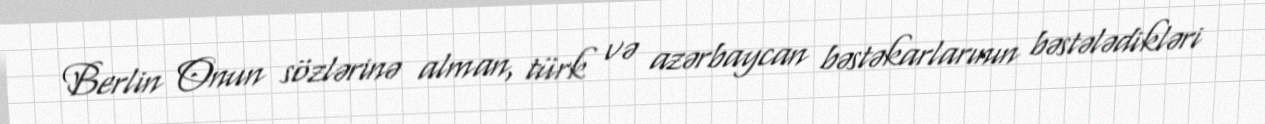
Berlin Onun sözlərinə alman, türk və azərbaycan bəstəkarlarının bəstələdikləri